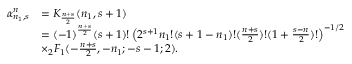
\begin{array} { r l } { \alpha _ { n _ { 1 } , s } ^ { n } } & { = K _ { \frac { n + s } { 2 } } ( n _ { 1 } , s + 1 ) } \\ & { = ( - 1 ) ^ { \frac { n + s } { 2 } } ( s + 1 ) ! \left( 2 ^ { s + 1 } n _ { 1 } ! ( s + 1 - n _ { 1 } ) ! ( \frac { n + s } { 2 } ) ! ( 1 + \frac { s - n } { 2 } ) ! \right) ^ { - 1 / 2 } } \\ & { \times _ { 2 } F _ { 1 } ( - \frac { n + s } { 2 } , - n _ { 1 } ; - s - 1 ; 2 ) . } \end{array}